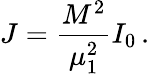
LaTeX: J=\frac{M^{2}}{\mu_{1}^{2}}I_{0}\, .